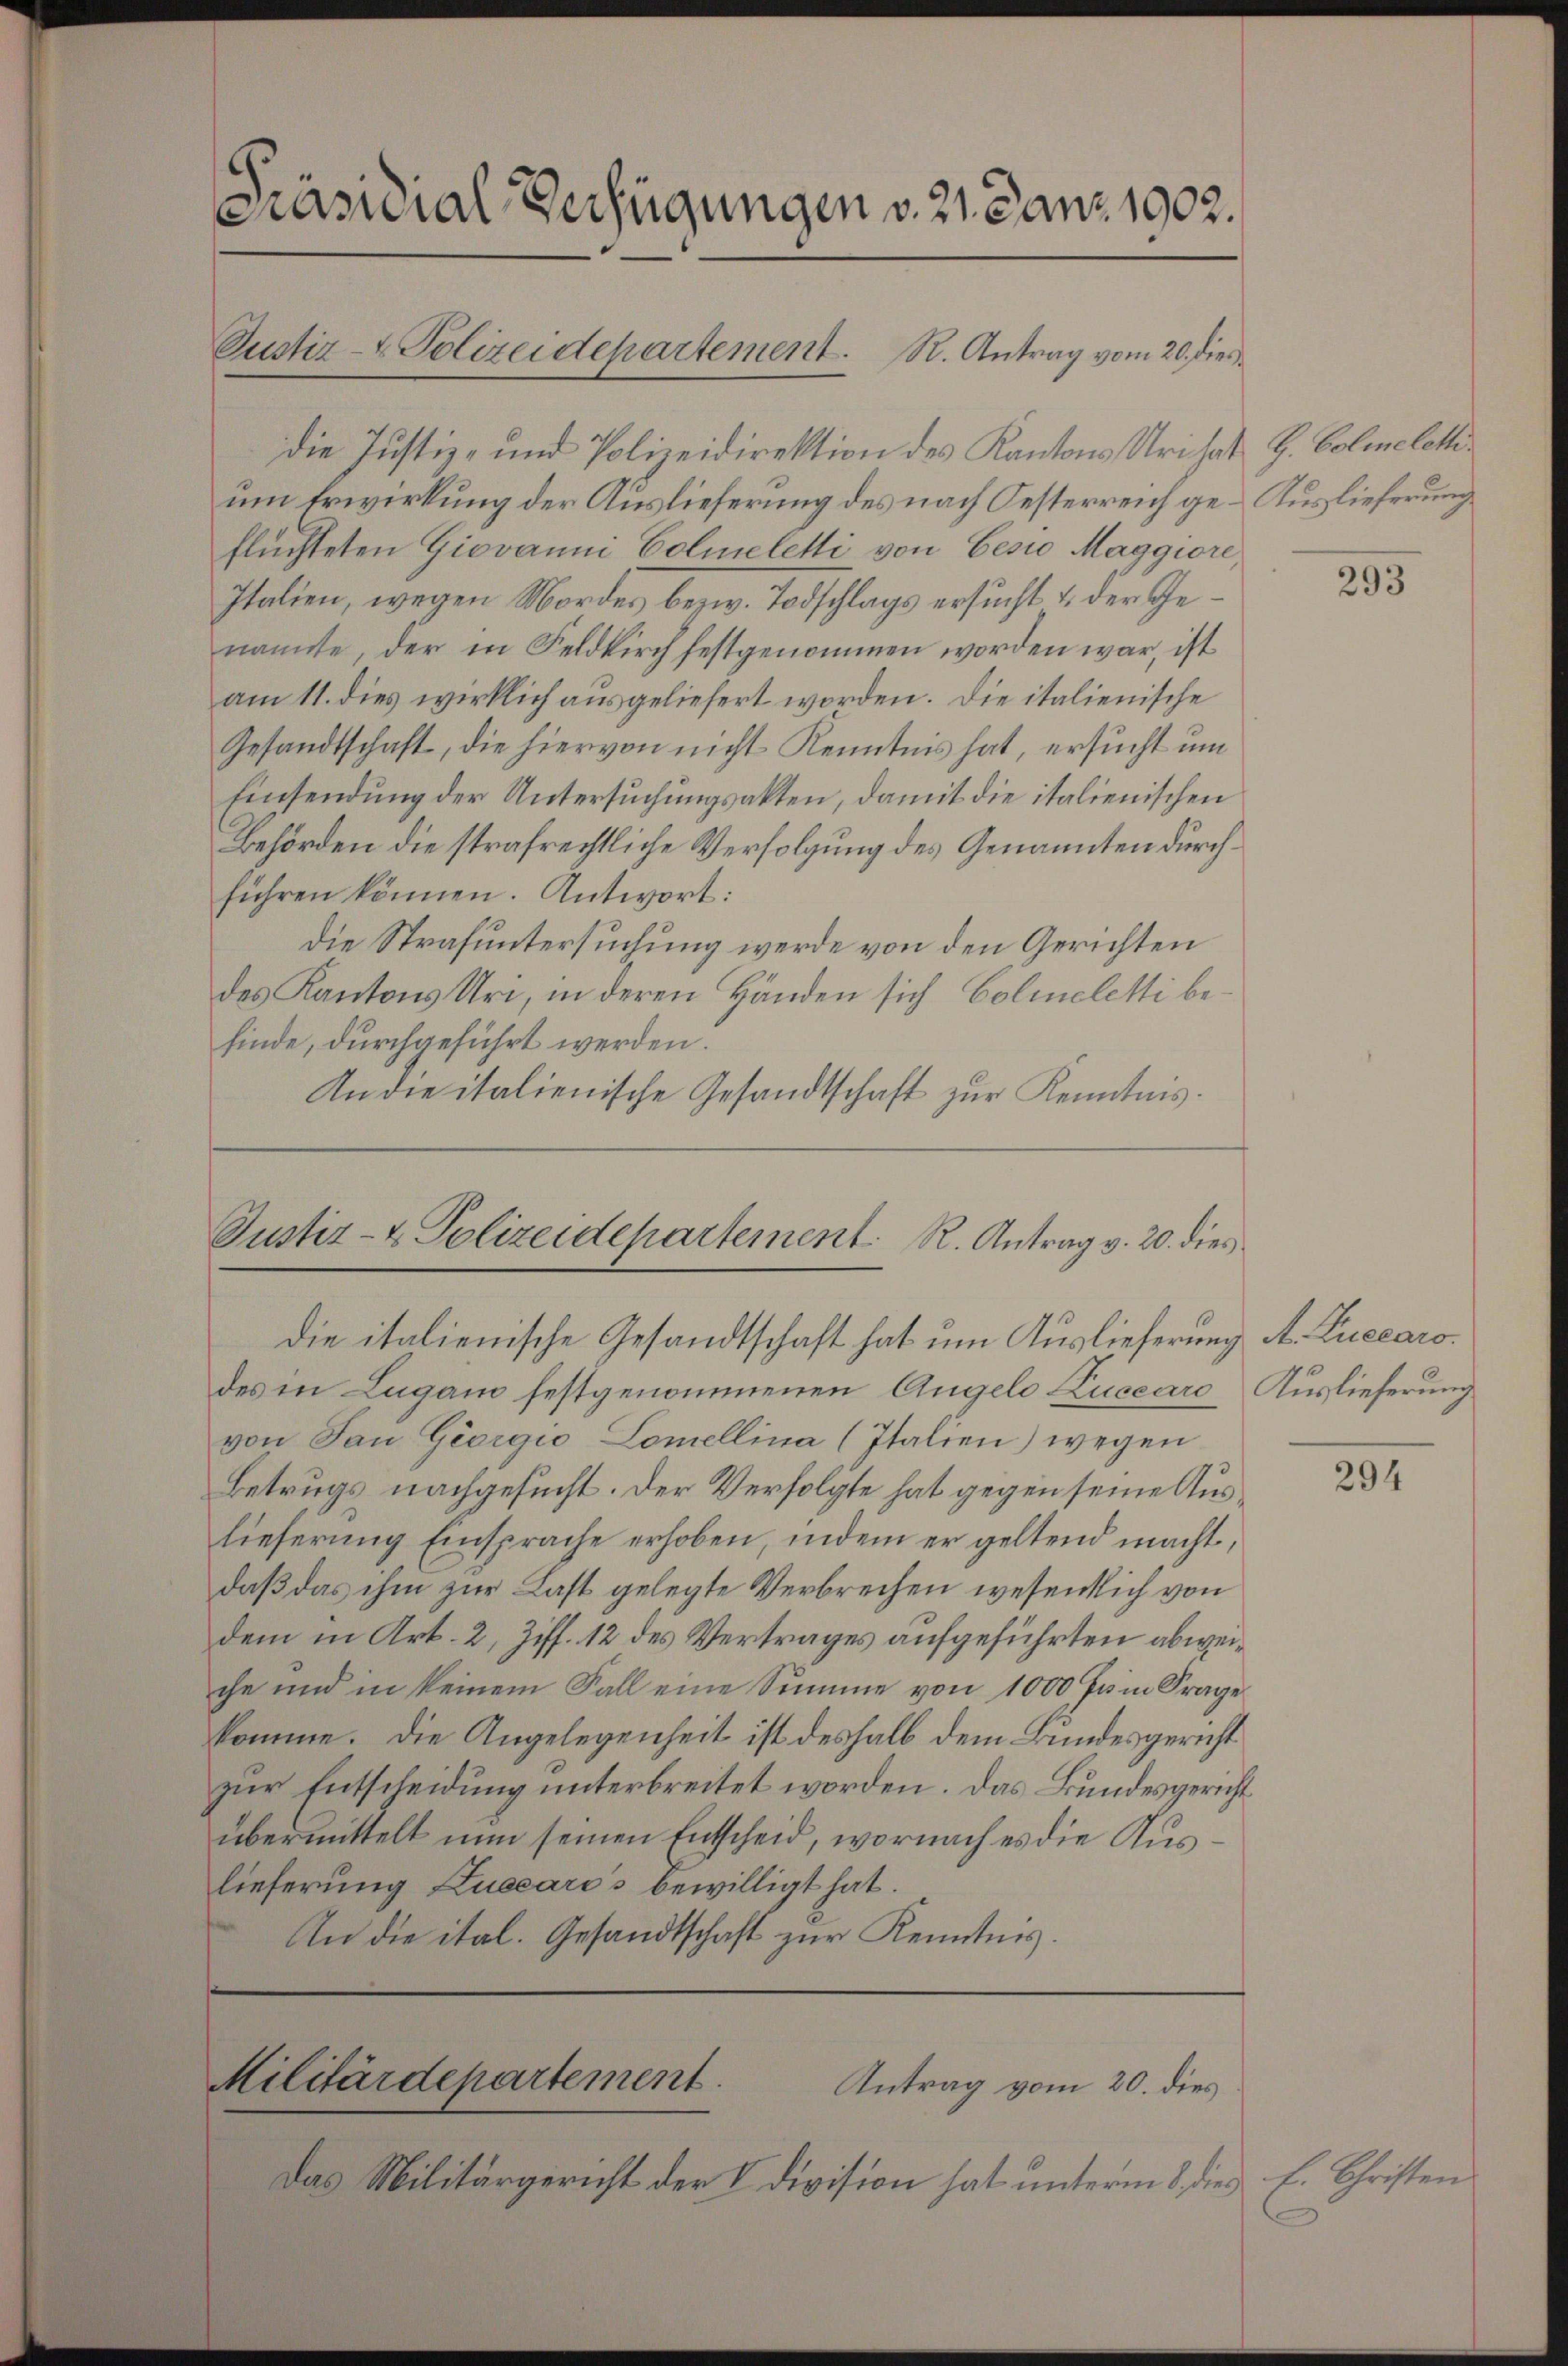
die Justiz- und Polizeidirektion des Kantons Uri hat H. Colmeletti
um Erwirkung der Auslieferung des nach Oesterreich ge-Auslieferung
flüchteten Giovanni Colmeletti von Cesio Maggiore,
Italien, wegen Mordes bezw. Todschlags ersucht u. der Genannte, der in Feldkirch festgenommen worden war, ist
am 11. dies wirklich ausgeliefert worden. Die italienische
Gesandtschaft, die hiervon nicht Kenntnis hat, ersucht um
Einsendung der Untersuchungsakten, damit die italienischen
Behörden die strafrechtliche Verfolgung des Genannten durchführen können. Antwort:
die Strafuntersuchung werde von den Gerichten
des Kantons Uri, in deren Händen sich Colmeletti befinde, durchgeführt werden.
An die italienische Gesandtschaft zŭr Kenntnis.

Präsidial-Verfügungen v. 21. Janz 1902.

Pustiz- & Polizeidepartement. R. Antrag vom 20. dies

Justiz- & Polizeidepartement. R. Antrag v. 20. dies
die italienische Gesandtschaft hat um Auslieferung A. Luccaro.

Militärdepartement.
Antrag vom 20. dies

Das Militärgericht der V Division hat unterm 8. dies

des in Lugano festgenommenen Angelo Luccaro Auslieferung
von San Georgio Lomellina (Italien) wegen
Betrugs nachgesucht. Der Verfolgte hat gegen seine Auslieferung Einsprache erhoben, indem er geltend macht,
daß das ihm zur Last gelegte Verbrechen wesentlich von
dem in Art. 2, Ziff. 12 des Vertrages aufgeführten abweiche und in keinem Fall eine Summe von 1000 Fum Frage
komme. Die Angelegenheit ist deshalb dem Bundesgericht
zur Entscheidung unterbreitet worden. Das Bundesgericht
übermittelt nun seinen Entscheid, wornach es die Auslieferung Luccaro’s bewilligt hat.
An die ital. Gesandtschaft zur Kenntnis.

293

294

E. Christen